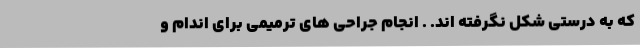
که به درستی شکل نگرفته اند. . انجام جراحی های ترمیمی برای اندام و